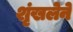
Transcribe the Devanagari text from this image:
शृंखलेने